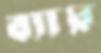
ব্যায়